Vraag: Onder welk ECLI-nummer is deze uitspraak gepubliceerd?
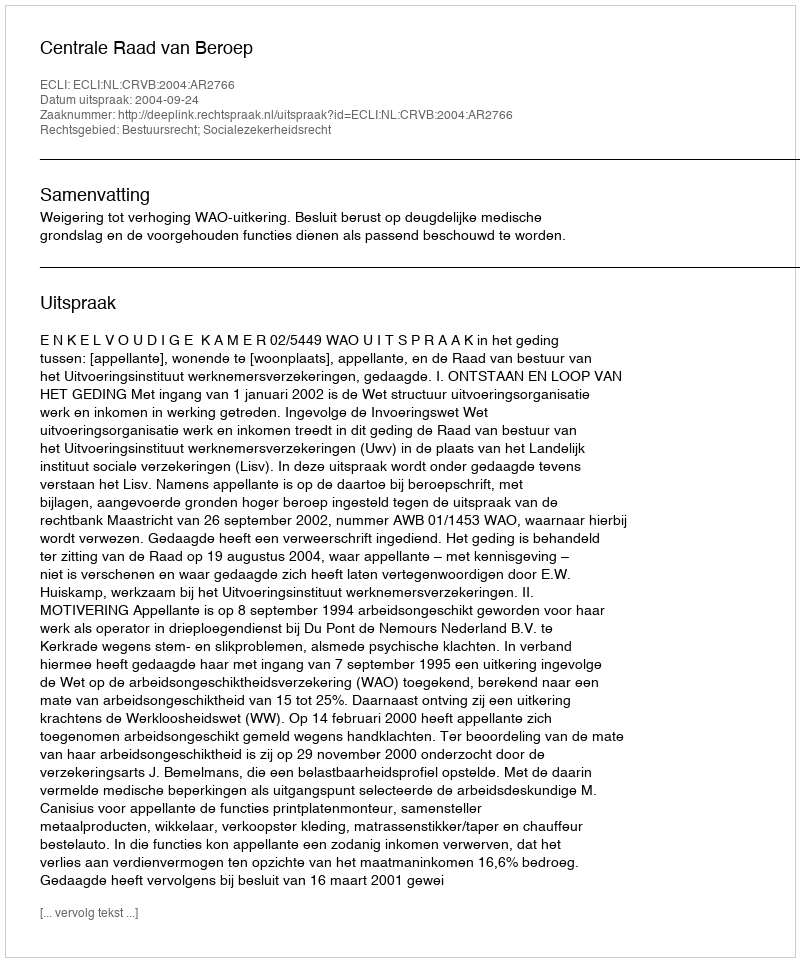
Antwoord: ECLI:NL:CRVB:2004:AR2766